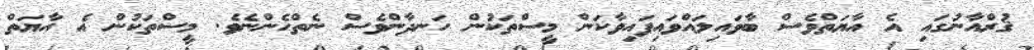
ޤުރްއާނުގައި އެ އާޔަތްވެސް ބާވައިލައްވައިފައިވާކަން މީސްތަކުން ހަނދާންވެސް ނެތްހެންނެވެ. މީސްތަކުން އެ އާޔަތް